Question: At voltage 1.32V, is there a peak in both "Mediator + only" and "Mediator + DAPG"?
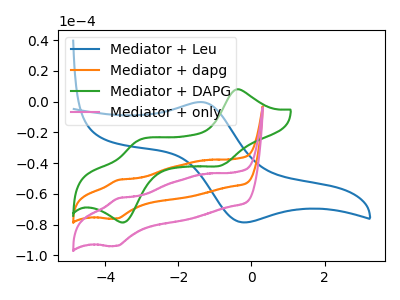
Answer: <think>The blue curve "Mediator + Leu" has an anodic peak at (-1.35V, -0.25uA) and a cathodic peak at (-0.25V, -78.50uA). The orange curve "Mediator + dapg" has an anodic peak at (-3.65V, -50.95uA) and a cathodic peak at (-3.70V, -76.00uA). The green curve "Mediator + DAPG" has anodic peaks at (-0.40V, 7.95uA) (-3.10V, -25.25uA) and cathodic peaks at (-0.85V, -41.50uA) (-3.45V, -78.25uA). The pink curve "Mediator + only" has an anodic peak at (-3.65V, -62.90uA) and a cathodic peak at (-3.70V, -93.80uA).</think>
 <answer>No, "Mediator + only" and "Mediator + DAPG" dont share a peak at 1.32V.</answer>
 <eval>mismatch</eval>